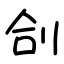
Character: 㓣